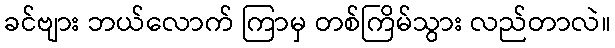
ခင်ဗျား ဘယ်လောက် ကြာမှ တစ်ကြိမ်သွား လည်တာလဲ။